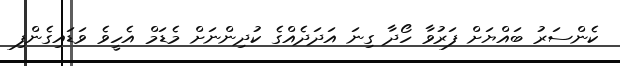
ކެންސަރު ބައްޔަށް ފަރުވާ ހޯދާ ގިނަ އަދަދެއްގެ ކުދިންނަށް މެޑަމް އެހީވެ ވަޑައިގެންފި